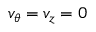
v _ { \theta } = v _ { z } = 0